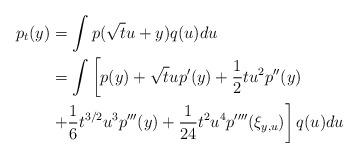
LaTeX: \begin{align*}p_t(y)&=\int p(\sqrt{t}u+y)q(u)du\\&=\int\left[p(y)+\sqrt{t}up'(y)+\frac1{2}tu^2p''(y)\right.\\&\left.+\frac1{6}t^{3/2}u^3p'''(y)+\frac1{24}t^2u^4p''''(\xi_{y,u})\right]q(u)du\end{align*}